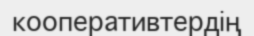
кооперативтердің